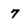
Character: 7